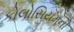
કોલોસિયમની